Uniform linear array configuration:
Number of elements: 24
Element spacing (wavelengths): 0.75
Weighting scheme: binomial
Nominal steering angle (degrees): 30
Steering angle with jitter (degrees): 30.538
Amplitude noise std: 0.05
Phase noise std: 0.05

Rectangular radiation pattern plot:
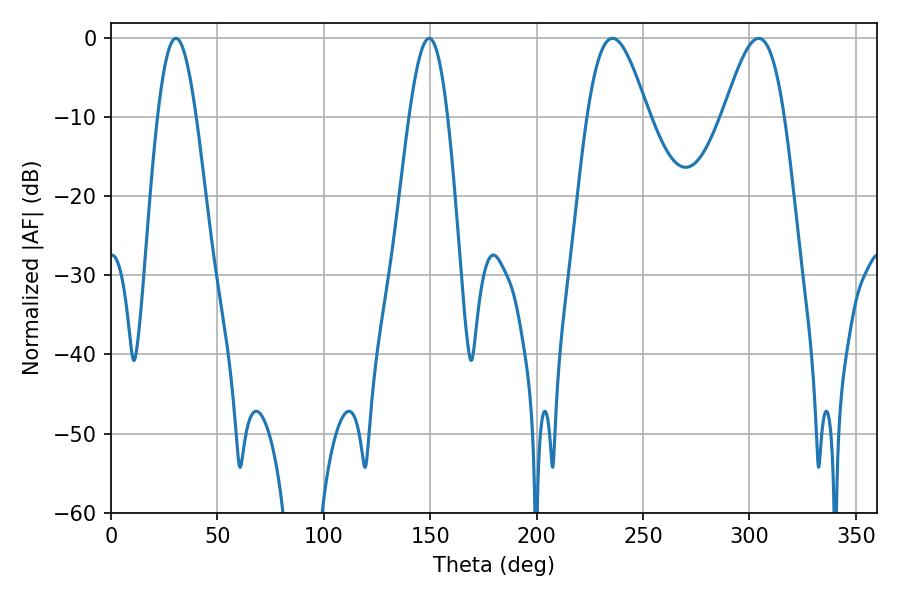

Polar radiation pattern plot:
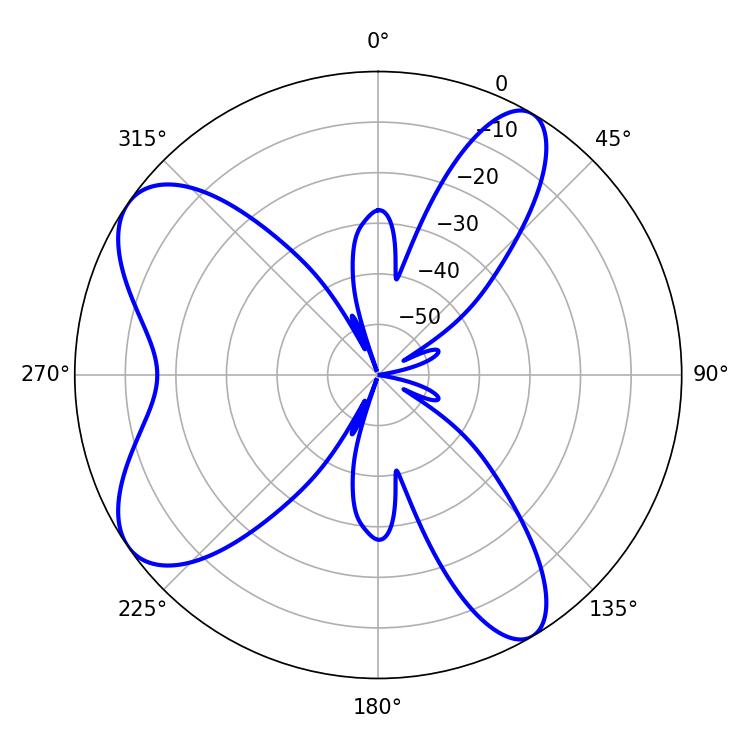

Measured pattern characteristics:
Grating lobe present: TRUE
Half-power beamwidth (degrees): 15.3
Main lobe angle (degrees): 235.62